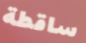
ساقطة